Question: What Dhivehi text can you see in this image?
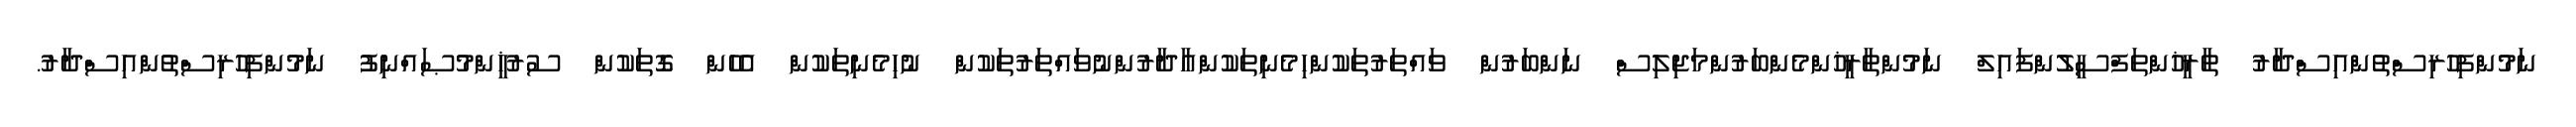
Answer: ނަމުންފިހުރިސްތުންއިސްދާރު ތާރީޚުންތަފްސީލުންފައިލް ނަމުންތާރީޚުންމެންބަރުންމަޖިލިސް ނަންބަރުން ވައްތަރުތަކުންހިމެނިތަކުންއާދާރުންނުވައްތަރުތަކުން ނުހިމެނިތަކުން އެހެން ގޮތަކުން ސުރުޚީންމުޞައްނިފު ނަމުންފިހުރިސްތުންއިސްދާރު.